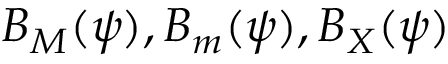
B _ { M } ( \psi ) , B _ { m } ( \psi ) , B _ { X } ( \psi )